Civil Veterinary Department Bihar & Orissa reports 1929-36 - 1929-1936
Year: 1929
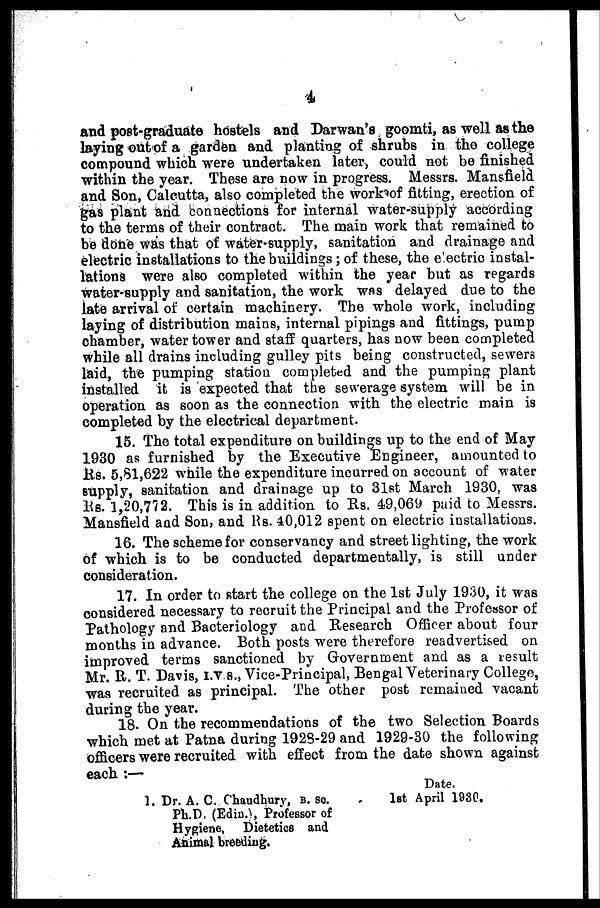
4
and post-graduate hostels and Darwan's goomti, as well as the
laying out of a garden and planting of shrubs in the college
compound which were undertaken later, could not be finished
within the year. These are now in progress. Messrs. Mansfield
and Son, Calcutta, also completed the work of fitting, erection of
gas plant and connections for internal water-supply according
to the terms of their contract. The main work that remained to
be done was that of water-supply, sanitation and drainage and
electric installations to the buildings ; of these, the electric instal-
lations were also completed within the year but as regards
water-supply and sanitation, the work was delayed due to the
late arrival of certain machinery. The whole work, including
laying of distribution mains, internal pipings and fittings, pump
chamber, water tower and staff quarters, has now been completed
while all drains including gulley pits being constructed, sewers
laid, the pumping station completed and the pumping plant
installed it is expected that the sewerage system will be in
operation as soon as the connection with the electric main is
completed by the electrical department.
15. The total expenditure on buildings up to the end of May
1930 as furnished by the Executive Engineer, amounted to
Rs. 5,8l,622 while the expenditure incurred on account of water
supply, sanitation and drainage up to 31st March 1930, was
Rs. 1,20,772. This is in addition to Rs. 49,069 paid to Messrs.
Mansfield and Son, and KB. 40,012 spent on electric installations.
16. The scheme for conservancy and street lighting, the work
of which is to be conducted departmentally, is still under
consideration.
17. In order to start the college on the 1st July 1930, it was
considered necessary to recruit the Principal and the Professor of
Pathology and Bacteriology and Research Officer about four
months in advance. Both posts were therefore readvertised on
improved terms sanctioned by Government and as a result
Mr. R. T. Davis, i.v 8., Vice-Principal, Bengal Veterinary College,
was recruited as principal. The other post remained vacant
during the year.
18. On the recommendations of the two Selection Boards
which met at Patna during 1923-29 and 1929-30 the following
officers were recruited with effect from the date shown against
each :—
Date.
1. Dr. A. C. Chaudhury,
B.
Sc.
1st April 1930.
Ph.D. (Edin.), Professor of
Hygiene, Dietetics and
Animal breeding.